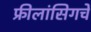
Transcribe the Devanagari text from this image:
फ्रीलांसिगचे